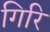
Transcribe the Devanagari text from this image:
गिरि